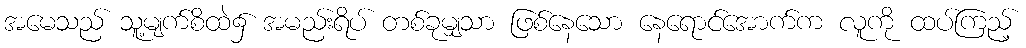
အမေသည် သူ့မျက်စိထဲ၌ အမည်းရိပ် တစ်ခုမျှသာ ဖြစ်နေသော နေရောင်အောက်က လူကို ထပ်ကြည့်